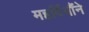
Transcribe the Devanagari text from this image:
महर्षियौंने